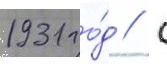
1931 го́д // С